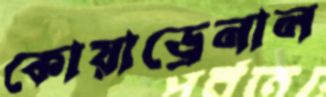
কোয়াড্রেনাল